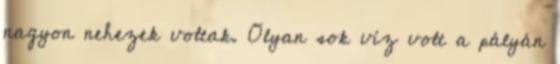
nagyon nehezek voltak. Olyan sok víz volt a pályán